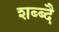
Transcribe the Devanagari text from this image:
शब्ब्दै